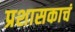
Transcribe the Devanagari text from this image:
प्रशासकाचं